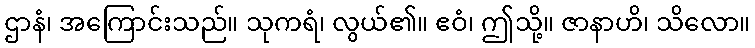
ဌာနံ၊ အကြောင်းသည်။ သုကရံ၊ လွယ်၏။ ဧဝံ၊ ဤသို့။ ဇာနာဟိ၊ သိလော။